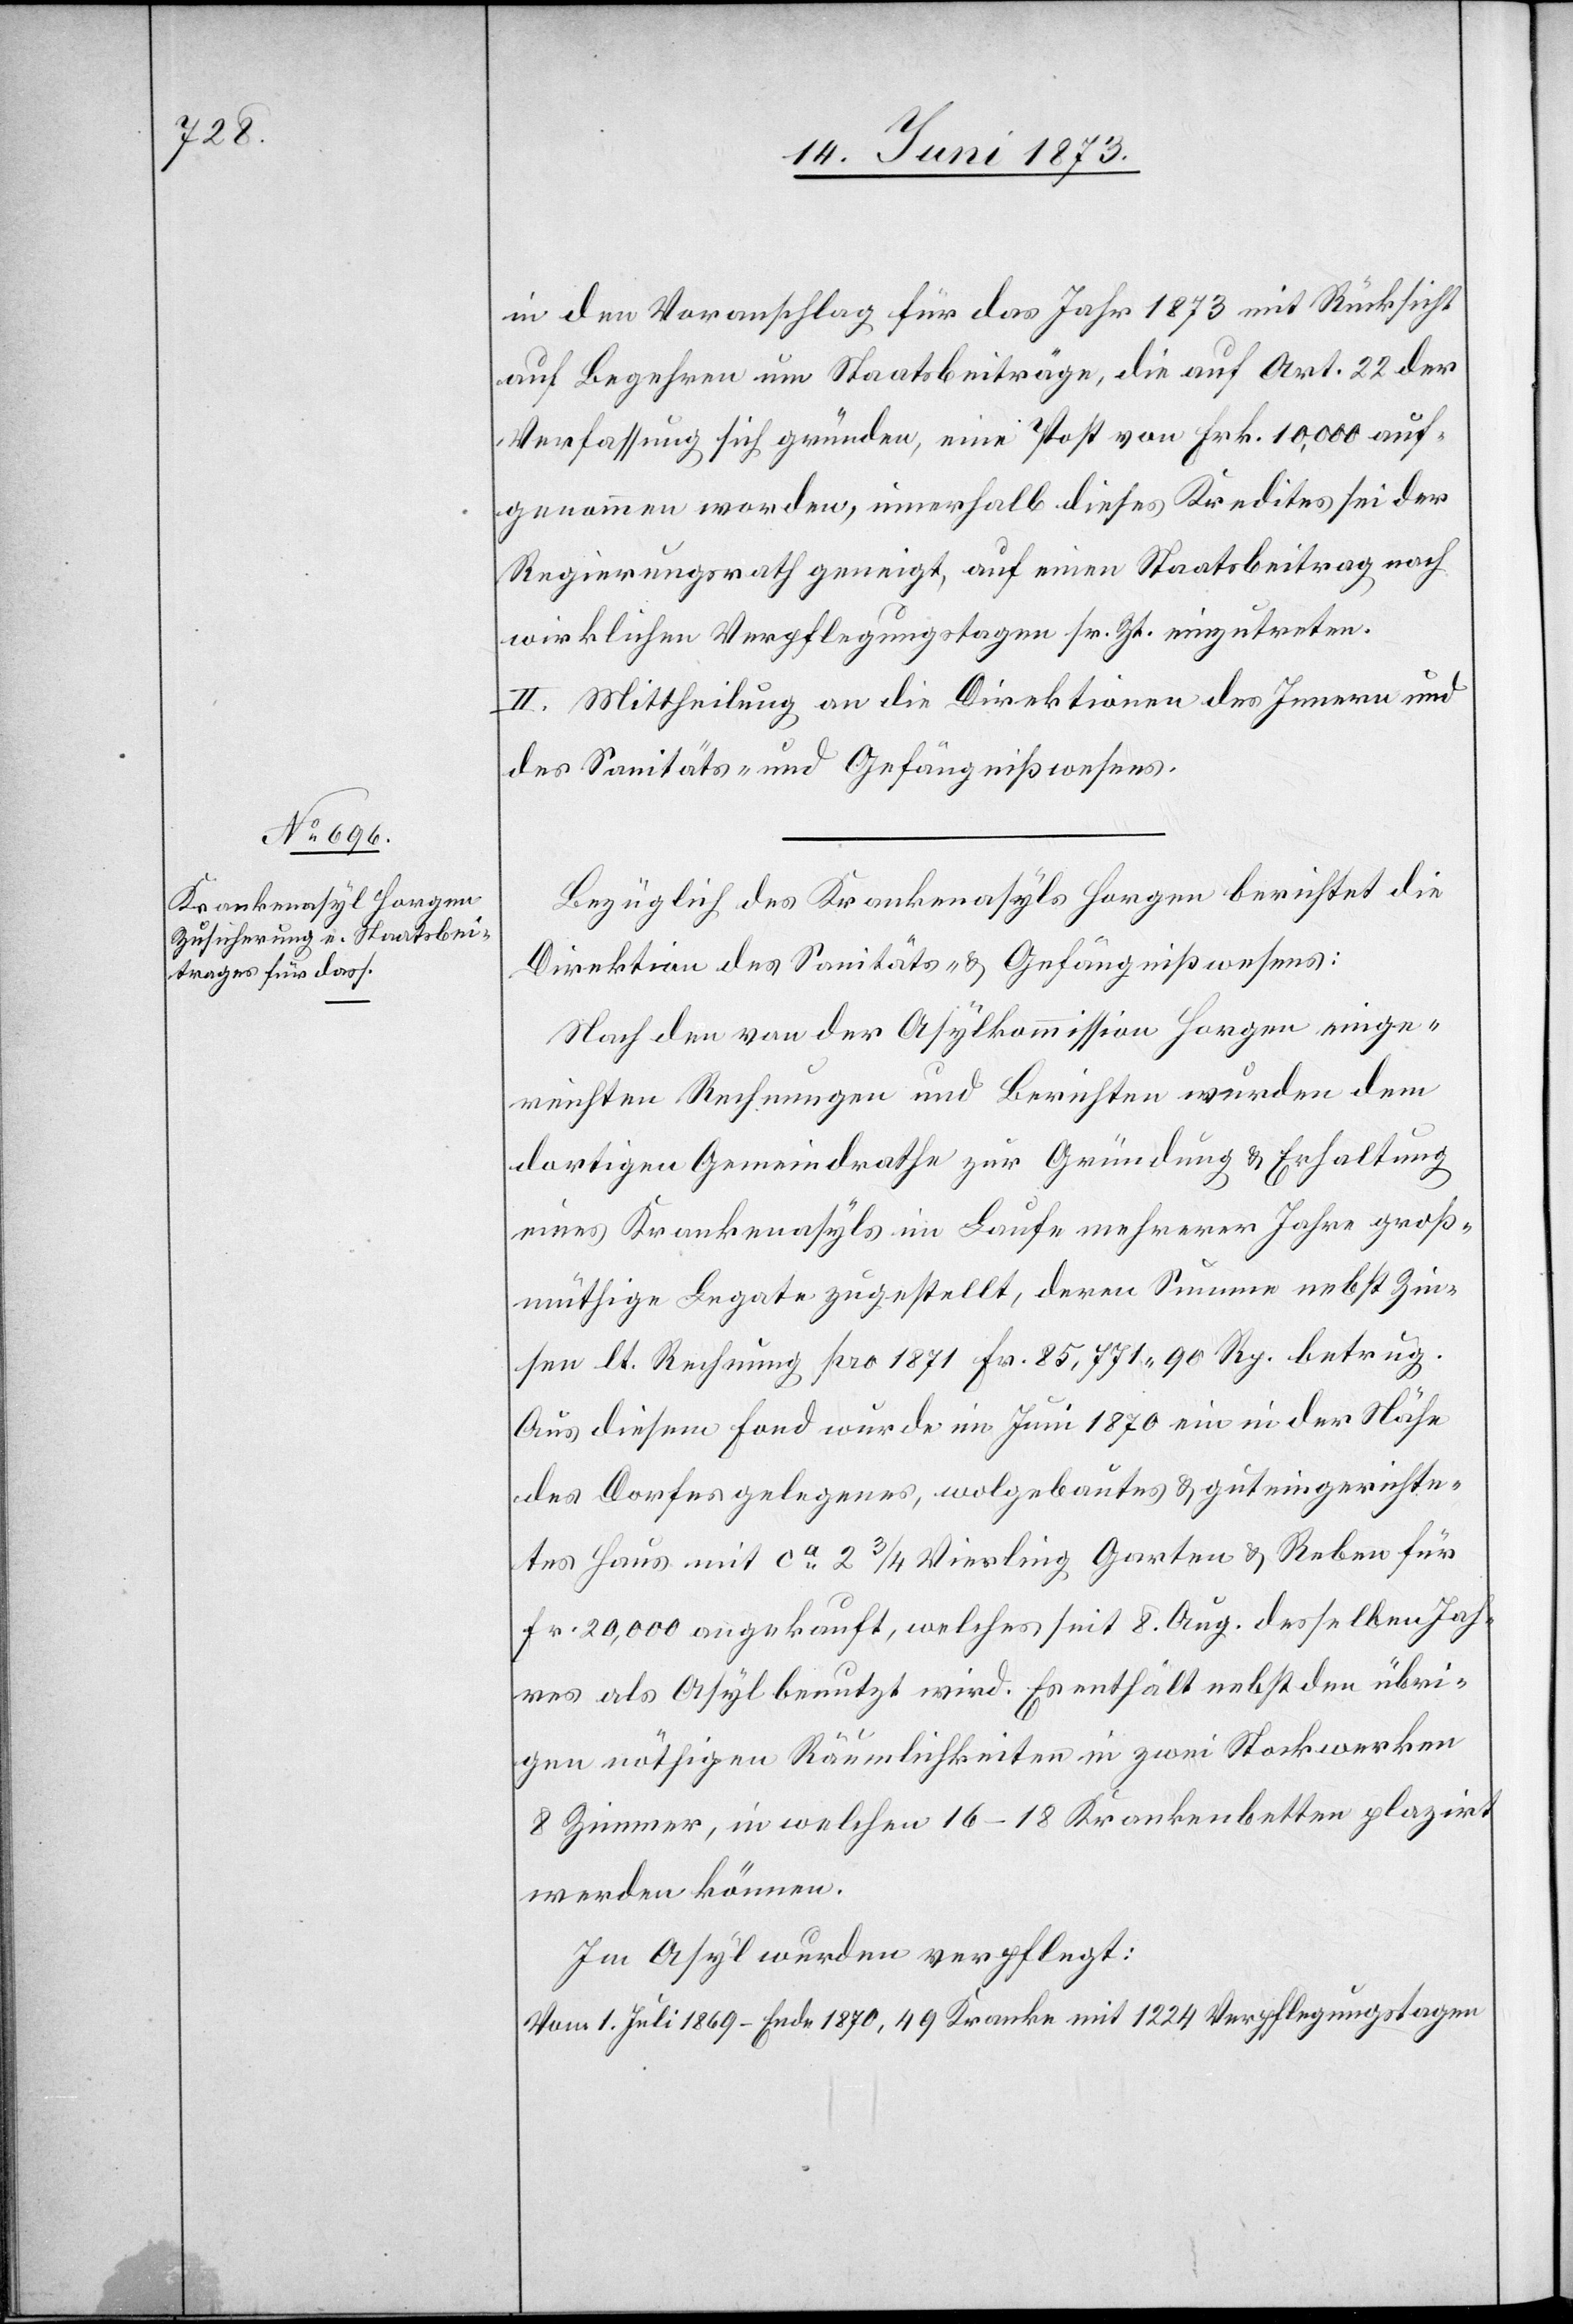
1 224

in den Voranschlag für das Jahr 1873 mit Rücksicht
auf Begehren um Staatsbeiträge, die auf Art. 22 der
Verfassung sich gründen, eine Post von Frk. 10,000 auf¬
genommen worden, innerhalb dieses Kredites sei der
Regierungsrath geneigt, auf einen Staatsbeitrag nach
wirklichen Verpflegungstagen sr. Zt. einzutreten.
II. Mittheilung an die Direktion des Innern und
des Sanitäts- und Gefängnißwesens.
Bezüglich des Krankenasyls Horgen berichtet die
Direktion des Sanitäts- & Gefängnißwesens:
Nach den von der Asylkommission Horgen einge¬
reichten Rechnungen und Berichten wurden dem
dortigen Gemeindrathe zur Gründung & Erhaltung
eines Krankenasyls im Laufe mehrerer Jahre groß¬
müthige Legate zugestellt, deren Summe nebst Zin¬
sen lt. Rechnung pro 1871 Fr. 85,771 90 Rp. betrug.
Aus diesem Fond wurde im Juni 1870 ein in der Nähe
des Dorfes gelegenes, wolgebautes & guteingerichte¬
tes Haus mit ca 2 3/4 Vierling Garten & Reben für
Fr. 20,000 angekauft, welches seit 8. Aug. desselben Jah¬
res als Asyl benutzt wird. Es enthält nebst den übri¬
gen nöthigen Räumlichkeiten in zwei Stockwerken
8 Zimmer, in welchen 16–18 Krankenbetten plazirt
werden können.
Im Asyl wurden verpflegt: